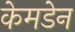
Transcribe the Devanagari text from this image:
केमडेन